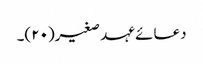
دعائے عہد صغیر(۲۰)۔